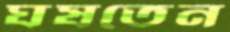
ঘষতেন